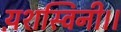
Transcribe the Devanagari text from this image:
य़शस्विनी।।